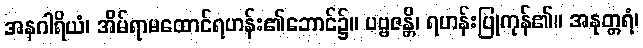
အနဂါရိယံ၊ အိမ်ရာမထောင်ရဟန်း၏ဘောင်၌။ ပဗ္ဗဇန္တိ၊ ရဟန်းပြုကုန်၏။ အနုတ္တရံ၊